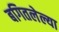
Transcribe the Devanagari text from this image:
बगितलेल्या